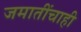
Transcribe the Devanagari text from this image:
जमातींचाही